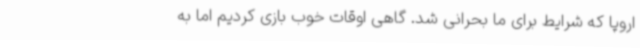
اروپا که شرایط برای ما بحرانی شد. گاهی اوقات خوب بازی کردیم اما به